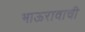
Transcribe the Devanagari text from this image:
भाऊरावाची